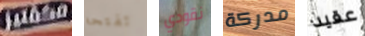
مكفتيز تفتحه نقودي مدركة عقيد